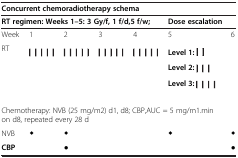
| <COLSPAN=7> Concurrent chemoradiotherapy schema |
 | <COLSPAN=5> RT regimen: Weeks 1–5: 3 Gy/f, 1 f/d,5 f/w; | Dose escalation |  |
 | --- | --- | --- | --- | --- | --- | --- |
 | Week | 1 | 2 | 3 | 4 | 5 | 6 |
 | RT |  |  |  |  | Level 1: |  |
 |  |  |  |  |  | Level 2: |  |
 |  |  |  |  |  | Level 3: |  |
 | <COLSPAN=7> Chemotherapy: NVB (25 mg/m2) d1, d8; CBP,AUC = 5 mg/m1.min on d8, repeated every 28 d |
 | NVB | ◆ | ◆ |  |  | ◆ | ◆ |
 | CBP |  | ● |  |  |  | ● |